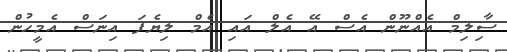
ސިާލިމް އެއްނޫން އެސް އޭ އެލް އައި އެމް ލިޔެފަ އިނަސް އެމީހުން